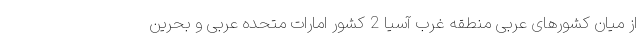
از میان کشورهای عربی منطقه غرب آسیا 2 کشور امارات متحده عربی و بحرین